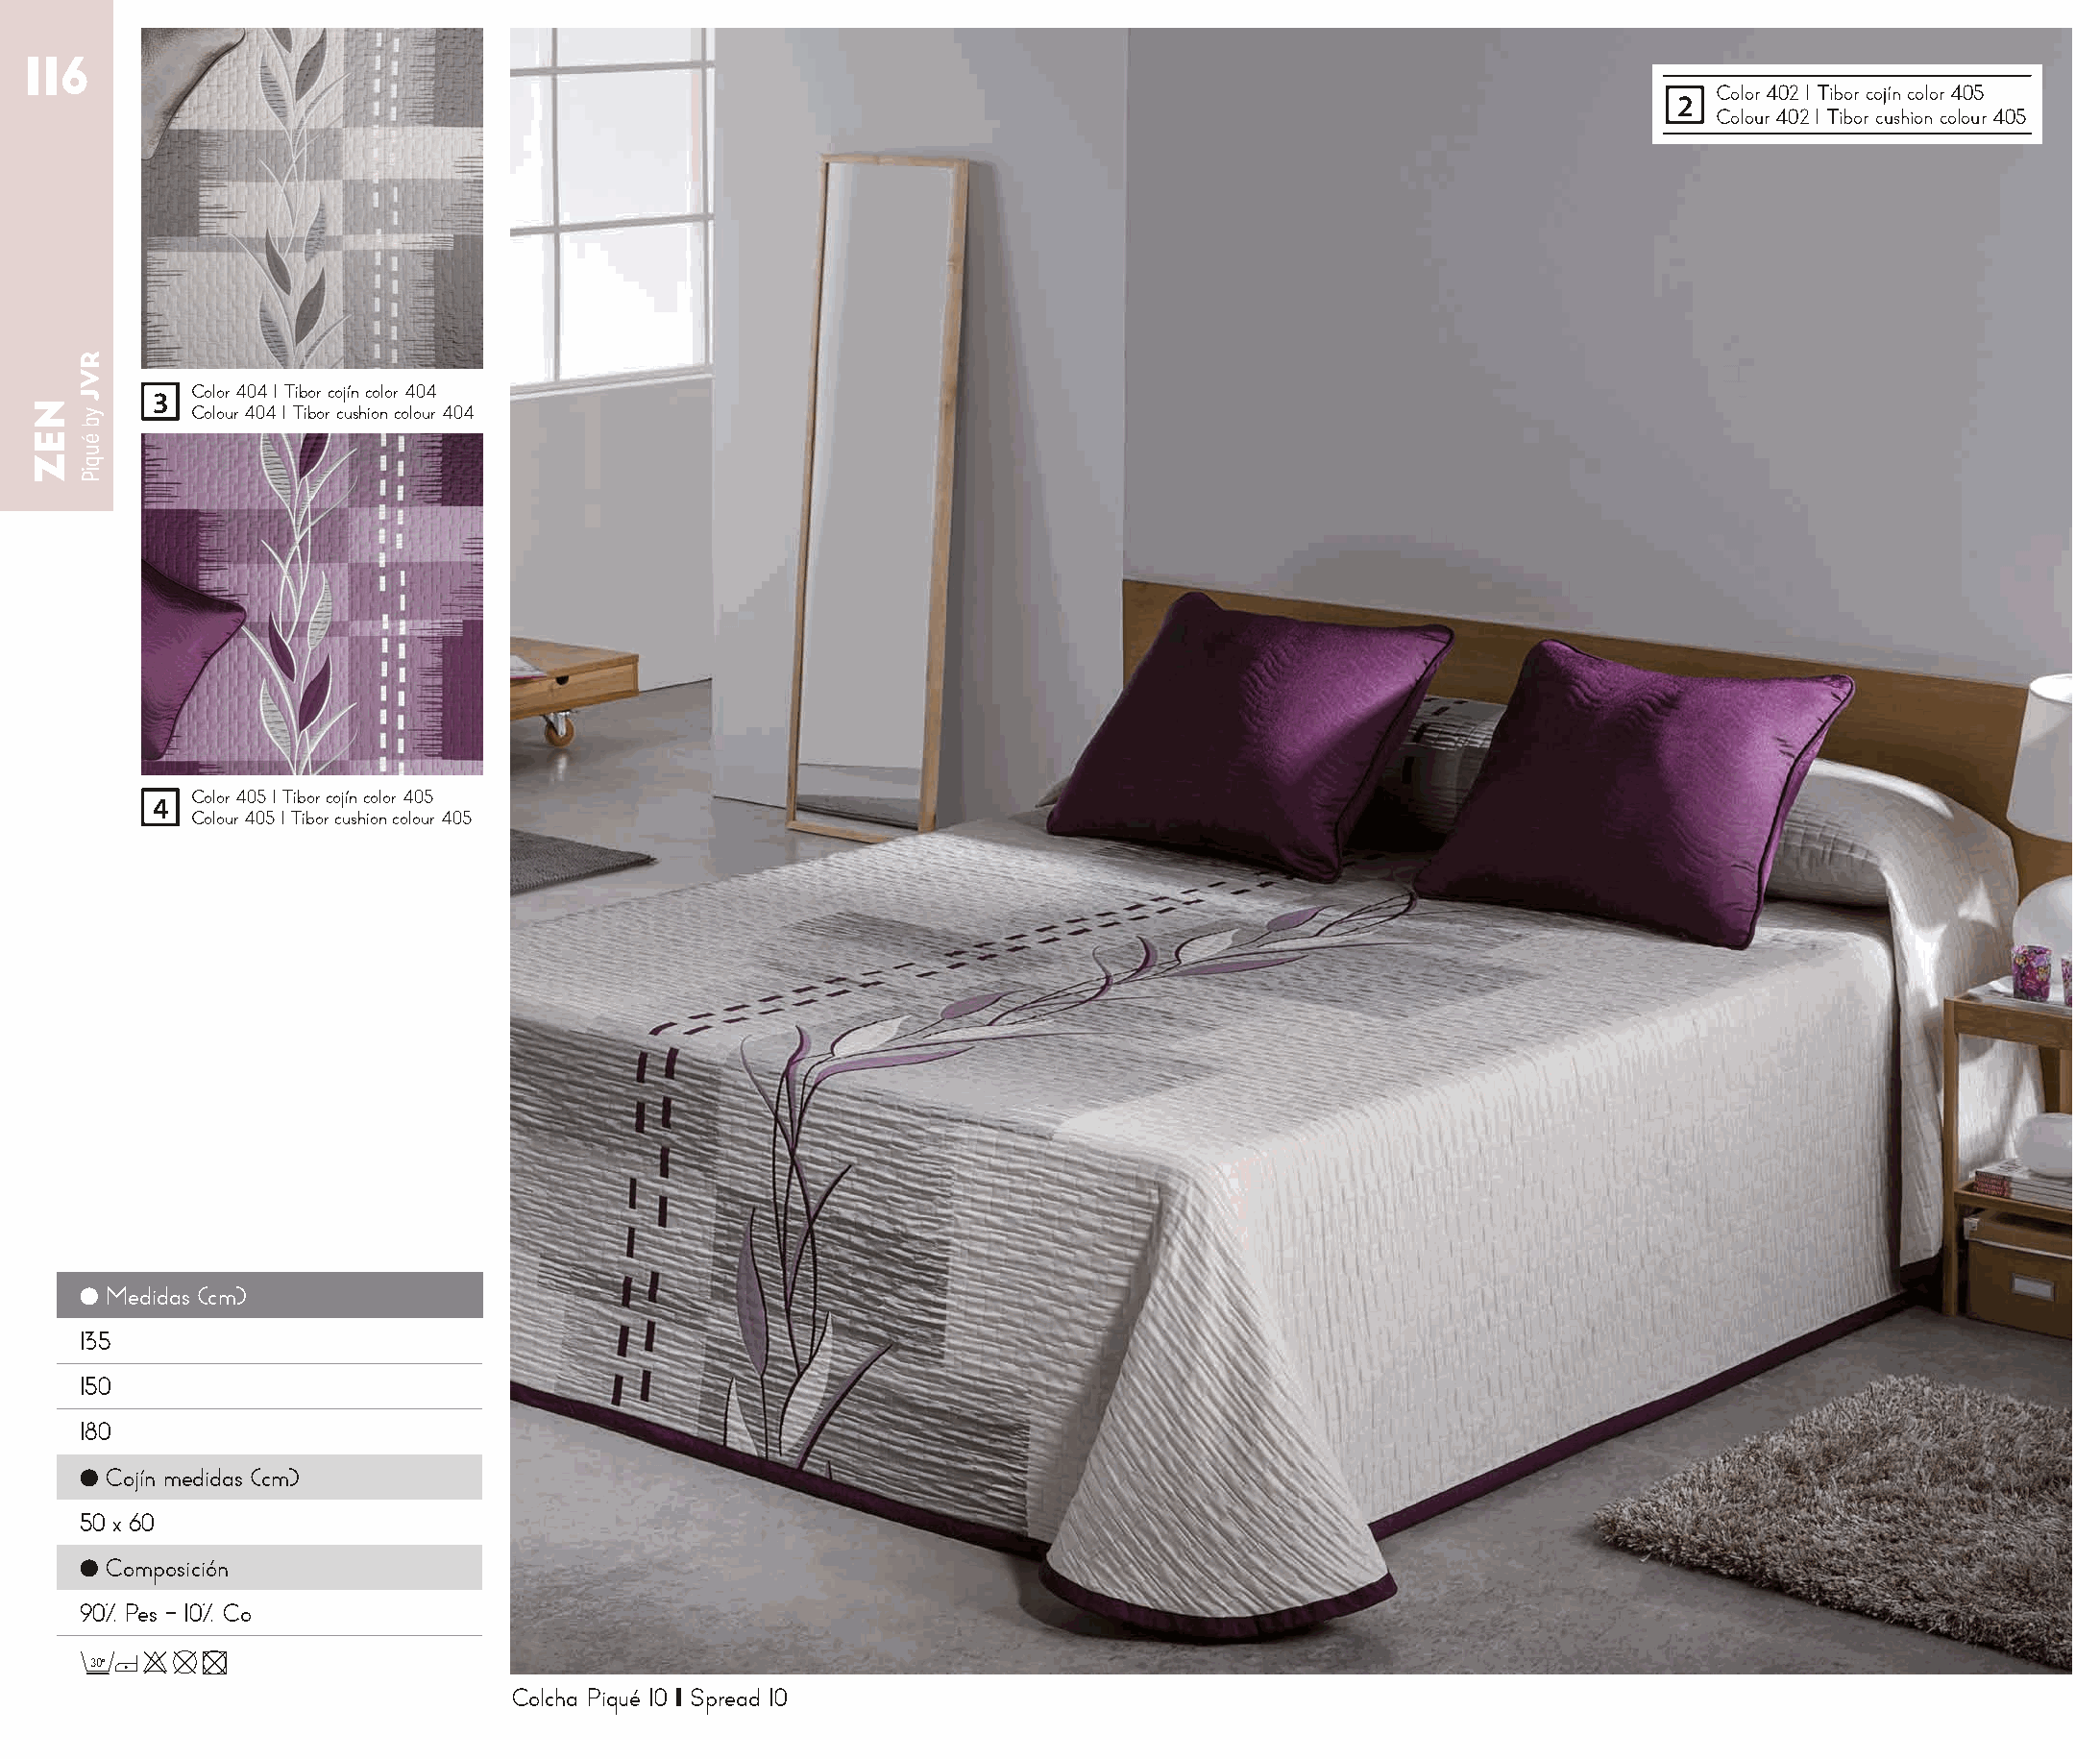
116
 Color 402 I Tibor cojín color 405
 2
 Colour 402 I Tibor cushion colour 405
 3  Color 404 I Tibor cojín color 404
 Colour 404 I Tibor cushion colour 404
 4  Color 405 I Tibor cojín color 405
 Colour 405 I Tibor cushion colour 405
 ● Medidas (cm)
 135
 150
 180
 ● Cojín medidas (cm)
 50 x 60
 ● Composición
 90% Pes - 10% Co
 30o
 Colcha Piqué 10 I Spread 10
 NEZ
 RVJ
 yb
 éuqiP